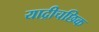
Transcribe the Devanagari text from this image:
याद्रीचछिक